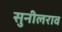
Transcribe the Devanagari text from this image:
सुनीलराव